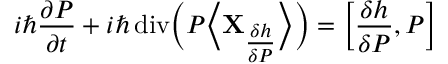
i \hbar \frac { \partial \cal P } { \partial t } + i \hbar \operatorname { d i v } \! \Big ( { \cal P } \Big \langle { \mathbf { X } } _ { \textstyle \frac { \delta h } { \delta { \cal P } } } \Big \rangle \Big ) = \Big [ \frac { \delta h } { \delta { \cal P } } , { \cal P } \Big ]